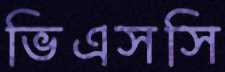
ভিএসসি